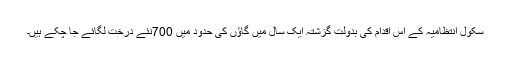
سکول انتظامیہ کے اس اقدام کی بدولت گزشتہ ایک سال میں گاﺅں کی حدود میں 700نئے درخت لگائے جا چکے ہیں۔